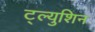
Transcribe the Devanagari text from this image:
ट्ल्युशिन